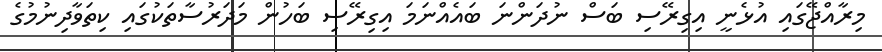
މިރާއްޖޭގައި އުޅެނީ އިގިރޭސި ބަސް ނުދަންނަ ބައެެއްނަމަ އިގިރޭސި ބަހުން މަދަރުސާތަކުގައި ކިތަވާދިނުމުގެ